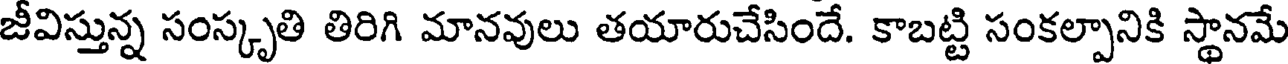
జీవిస్తున్న సంస్కృతి తిరిగి మానవులు తయారుచేసిందే. కాబట్టి సంకల్పానికి స్థానమే